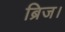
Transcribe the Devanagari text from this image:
ब्रिज।